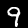
Label: 9